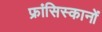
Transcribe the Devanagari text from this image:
फ्रांसिस्कानों